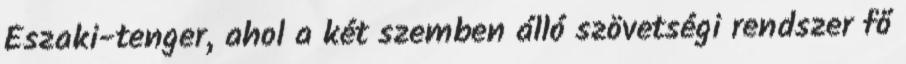
Északi-tenger, ahol a két szemben álló szövetségi rendszer fő